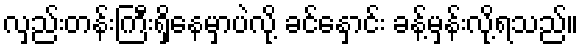
လှည်းတန်းကြီးရှိနေမှာပဲလို့ ခင်နှောင်း ခန့်မှန်းလို့ရသည်။